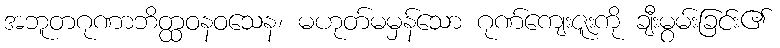
အဘူတဂုဏာဘိတ္ထဝနဝသေန၊ မဟုတ်မမှန်သော ဂုဏ်ကျေးဇူးကို ချီးမွမ်းခြင်း၏